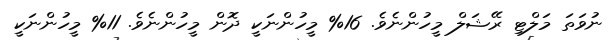
ނުވަތަ މަލްޓި ރޭޝަލް މީހުންނެވެ. 16% މީހުންނަކީ ދޮން މީހުންނެވެ. 11% މީހުންނަކީ